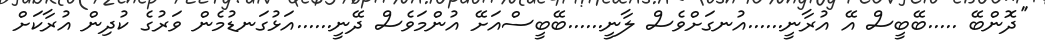
''ދޮންބޭ .....ބޭބީސް އޭ އުރާނީ......އުނގަށްވެސް ލާނީ......ބޭބީސްއަށޭ އުންމަވެސް ދޭނީ......އަޅުގަނޑުމެން ވަރުގެ ކުދިން އުރާކަށް